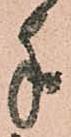
手